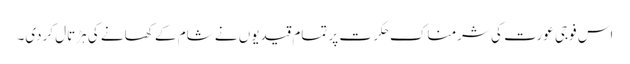
اس فوجی عورت کی شرمناک حکرت پر تمام قیدیوں نے شام کے کھانے کی ہڑتال کردی۔